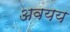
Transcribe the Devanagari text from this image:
अवयय